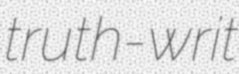
truth-writ